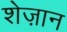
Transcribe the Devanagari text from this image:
शेज़ान